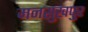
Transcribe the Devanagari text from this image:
मनसुखपुर